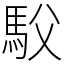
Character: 䭸